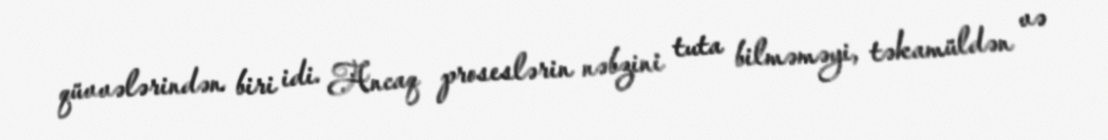
qüvvələrindən biri idi. Ancaq proseslərin nəbzini tuta bilməməyi, təkamüldən və